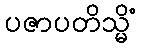
ပဇာပတိသ္မိံ